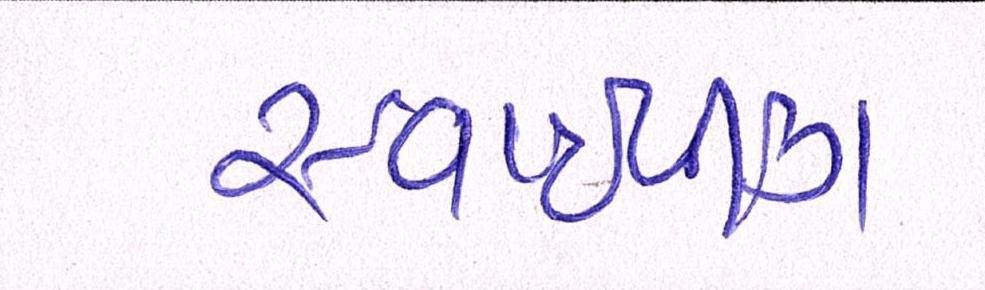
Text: સ્વાઈપીંગ